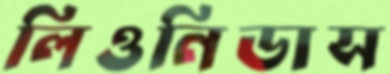
লিওনিডাস